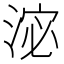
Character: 淧